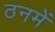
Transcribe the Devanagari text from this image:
ठनमें